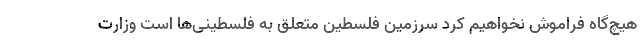
هیچ‌گاه فراموش نخواهیم کرد سرزمین فلسطین متعلق به فلسطینی‌ها است وزارت